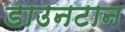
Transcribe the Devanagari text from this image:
डाउनटान